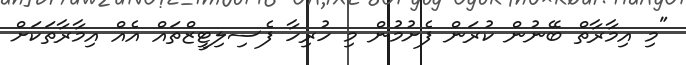
"މި އިމާރާތް ބޭނުން ކުރަން ފެށުމުން މި ހުރިހާ ފެސިލިޓީޒްތައް އެއް އިމާރާތަކަށް